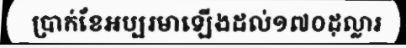
ប្រាក់ខែអប្បរមាឡើងដល់១៧០ដុល្លារ